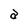
Character: a